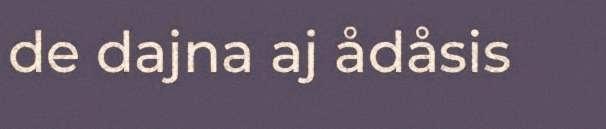
de dajna aj ådåsis